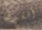
أفقدها